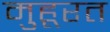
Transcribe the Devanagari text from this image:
मुहूरत